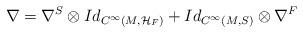
LaTeX: \begin{align*}\nabla =\nabla ^{S}\otimes Id_{C^{\infty }(M,\mathcal{H}_{F})}+Id_{C^{\infty}(M,S)}\otimes \nabla ^{F} \end{align*}